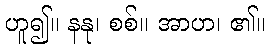
ဟူ၍။ နနု၊ စစ်။ အာဟ၊ ၏။